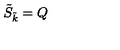
\tilde { S } _ { \tilde { k } } = Q